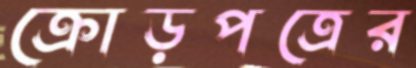
ক্রোড়পত্রের